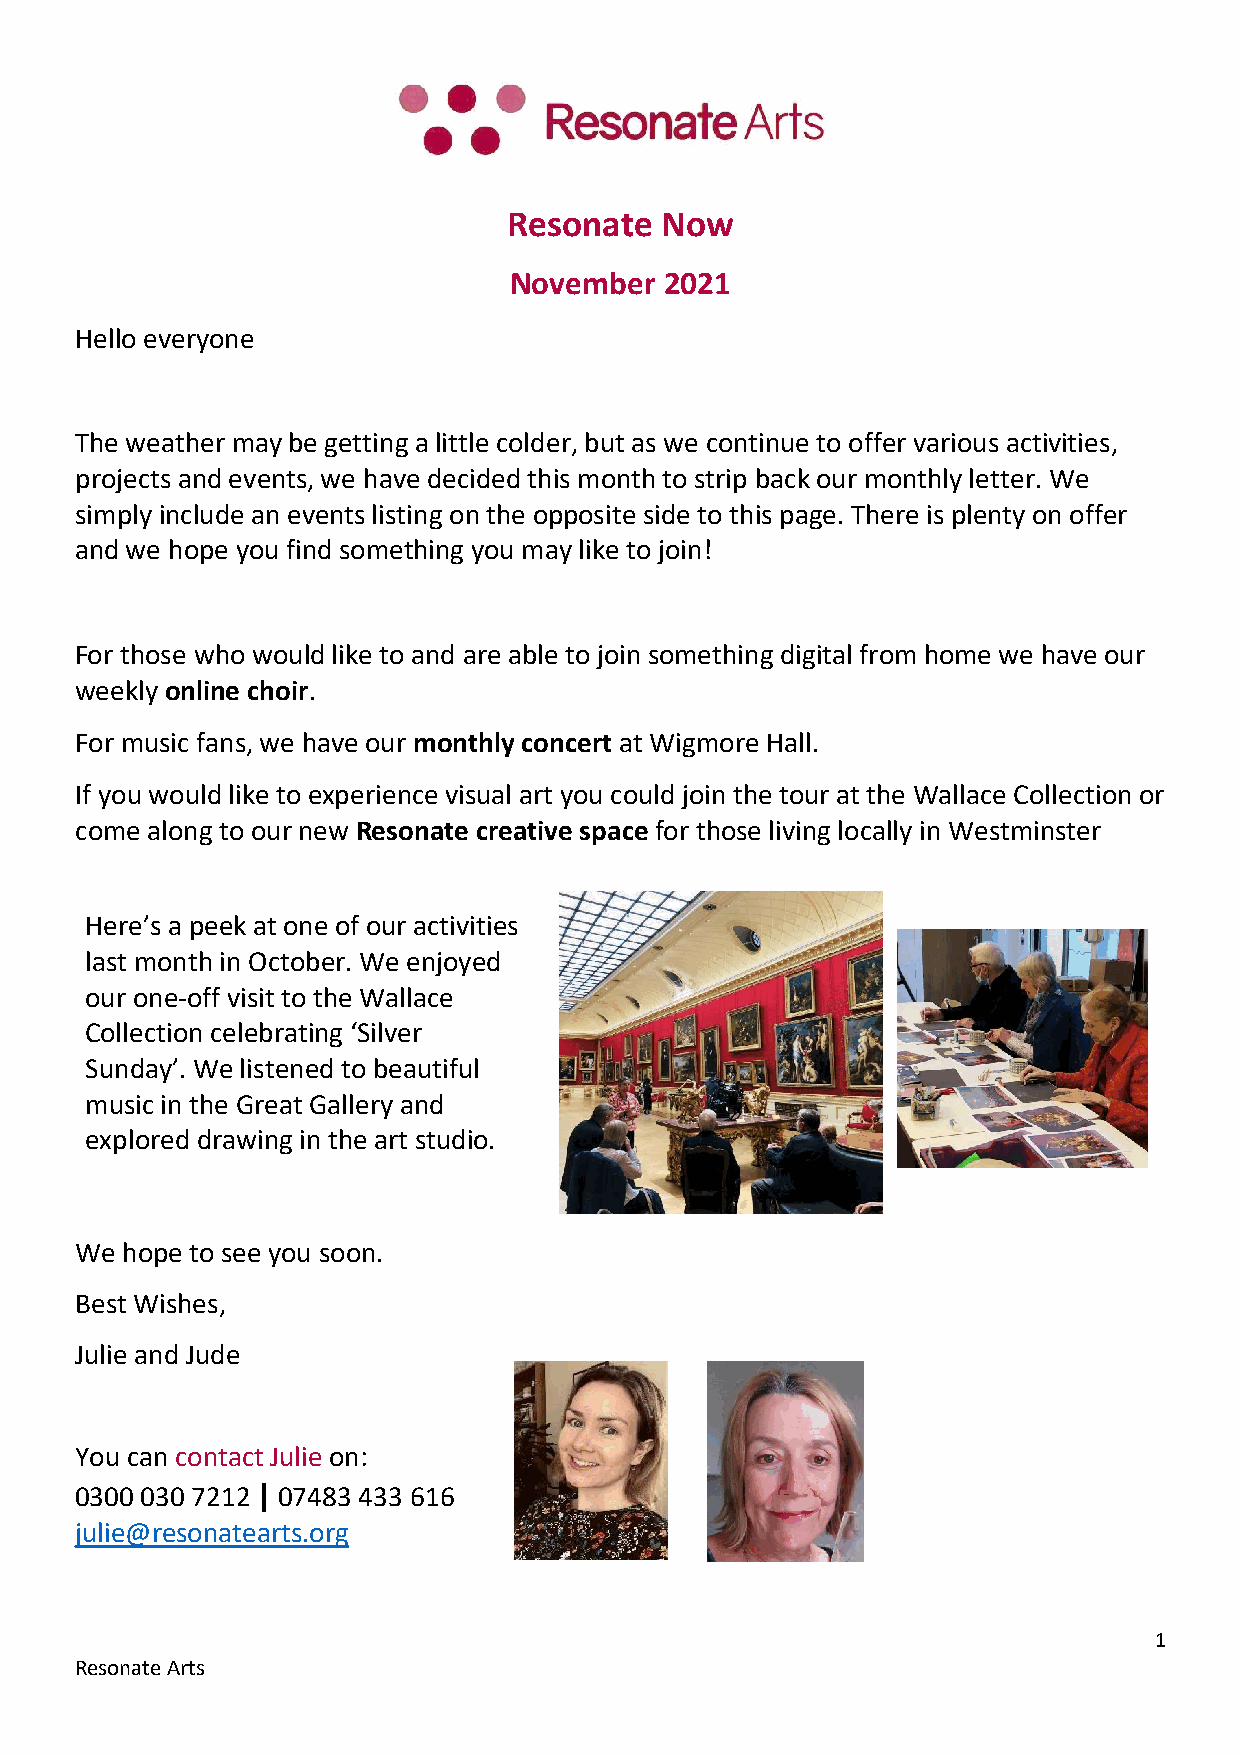
Resonate  Now
 November  2021
 Hello everyone
 The weather may be getting a little colder, but as we continue to offer various activities,
 projects and events, we have decided this month to strip back our monthly letter. We
 simply include an events listing on the opposite side to this page. There is plenty on offer
 and we hope you find something you may like to join!
 For those who would like to and are able to join something digital from home we have our
 weekly online choir.
 For music fans, we have our monthly concert at Wigmore Hall.
 If you would like to experience visual art you could join the tour at the Wallace Collection or
 come along to our new Resonate creative space for those living locally in Westminster
 Here’s a peek at one of our activities
 last month in October. We enjoyed
 our one-off visit to the Wallace
 Collection celebrating ‘Silver
 Sunday’. We listened to beautiful
 music in the Great Gallery and
 explored drawing in the art studio.
 We hope to see you soon.
 Best Wishes,
 Julie and Jude
 You can contact Julie on:
 0300 030 7212 | 07483 433 616
 julie@resonatearts.org
 1
 Resonate Arts